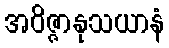
အဝိဇ္ဇာနုသယာနံ